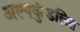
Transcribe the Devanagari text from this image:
अल्पकुंडलित